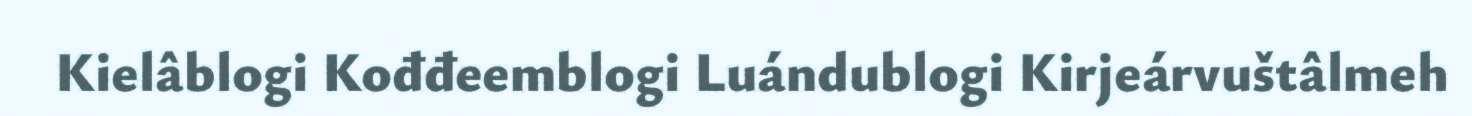
Kielâblogi Kođđeemblogi Luándublogi Kirjeárvuštâlmeh